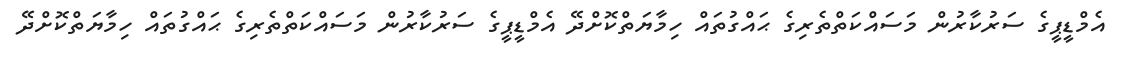
އެމްޑީޕީގެ ސަރުކާރުން މަސައްކަތްތެރިގެ ޙައްގުތައް ހިމާޔަތްކޮށްދޭ އެމްޑީޕީގެ ސަރުކާރުން މަސައްކަތްތެރިގެ ޙައްގުތައް ހިމާޔަތްކޮށްދޭ